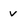
Character: v